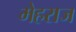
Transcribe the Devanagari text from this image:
मेहराज